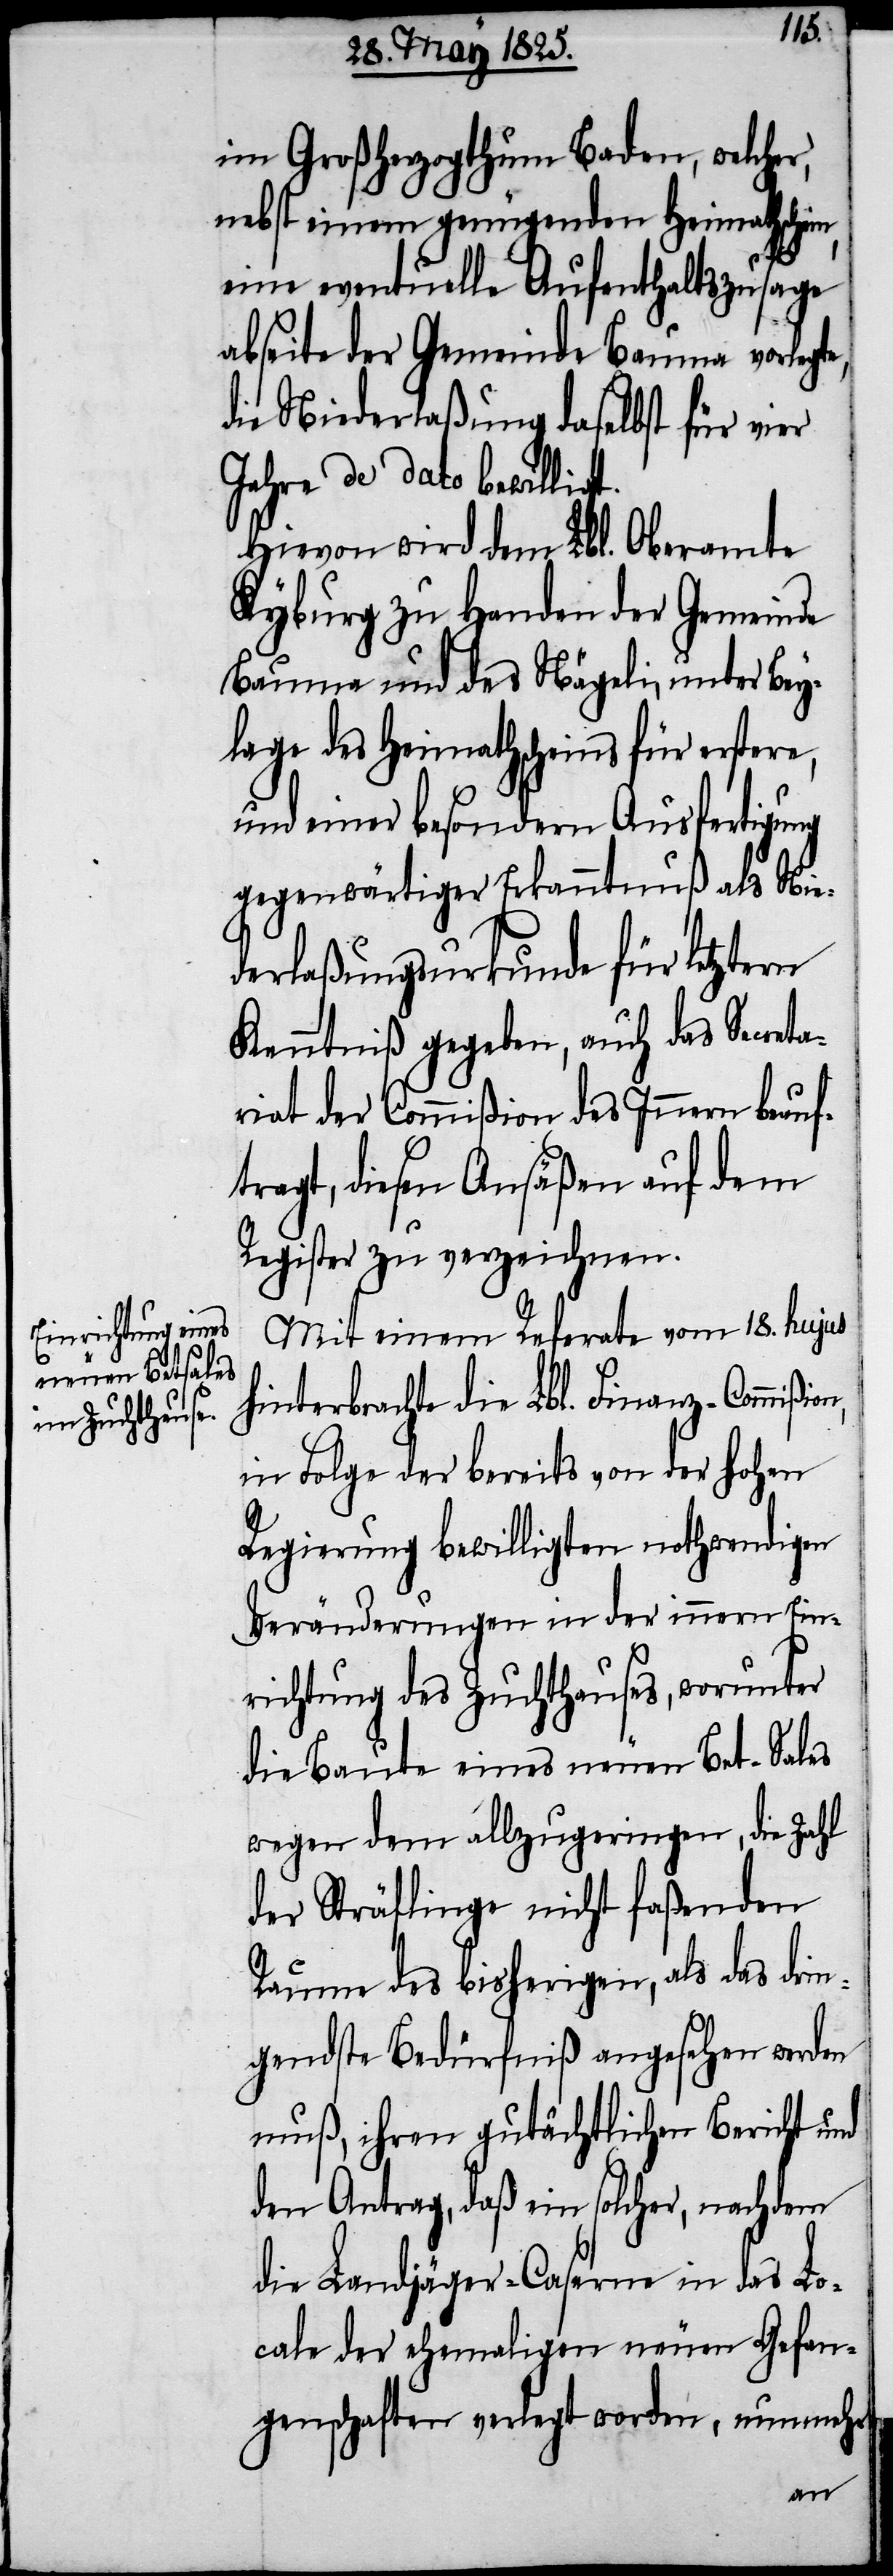
im Großherzogthum Baden, welcher,
nebst einem genügenden Heimathschein,
eine eventuelle Aufenthaltszusage
abseite der Gemeinde Bauma vorlegte,
die Niederlaßung daselbst für vier
Jahre de dato bewilligt.
Hievon wird dem Lbl. Oberamte
Kyburg zu Handen der Gemeinde
Bauma und des Nägeli, unter Bey¬
lage des Heimathscheins für erstere,
und einer besondern Ausfertigung
gegenwärtiger Erkanntnuß als Nie¬
derlaßungsurkunde für letztern
Kenntniß gegeben, auch das Secreta¬
riat der Commißion des Innern beauf¬
tragt, diesen Ansäßen auf dem
Register zu verzeichnen.
Mit einem Referate vom 18. hujus
hinterbrachte die Lbl. Finanz-Commißi¬
in Folge der bereits von der hohen
Regierung bewilligten nothwendigen
Veränderungen in der innern Ein¬
richtung des Zuchthauses, worunter
die Baute eines neuen Bet-Sales
wegen dem allzugeringen, die Zahl
der Sträflinge nicht faßenden
Raume des bisherigen, als das drin¬
gendste Bedürfniß angesehen werden
muß, ihren gutächtlichen Bericht und
den Antrag, daß ein solcher, nachdem
die Landjäger-Caserne in das Lo¬
cale der ehemaligen neuen Gefan¬
genschaften verlegt worden, nunmehr
on,